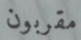
مقربون